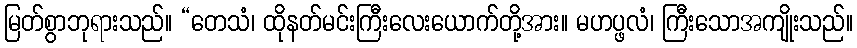
မြတ်စွာဘုရားသည်။ “တေသံ၊ ထိုနတ်မင်းကြီးလေးယောက်တို့အား။ မဟပ္ဖလံ၊ ကြီးသောအကျိုးသည်။